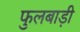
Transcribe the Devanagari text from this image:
फुलबाड़ी